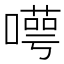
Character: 𠿸